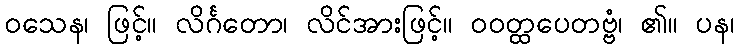
ဝသေန၊ ဖြင့်။ လိင်္ဂတော၊ လိင်အားဖြင့်။ ဝဝတ္ထပေတဗ္ဗံ၊ ၏။ ပန၊